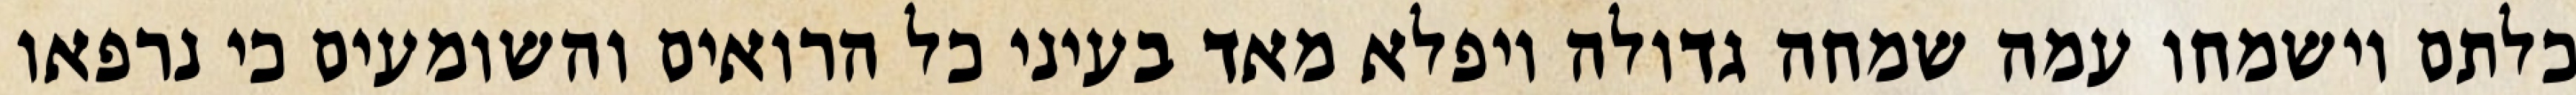
כלתם וישמחו עמה שמחה גדולה ויפלא מאד בעיני כל הרואים והשומעים כי נרפאו